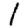
Digit: 1